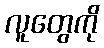
လူတွေကို